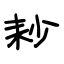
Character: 耖